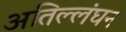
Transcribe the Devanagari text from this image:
अतिल्लंघन